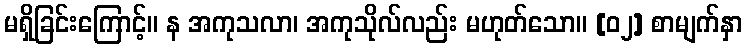
မရှိခြင်းကြောင့်။ န အကုသလာ၊ အကုသိုလ်လည်း မဟုတ်သော။ [၀၂] စာမျက်နှာ